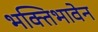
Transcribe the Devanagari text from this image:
भक्तिभावेन